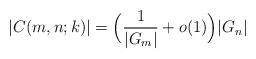
LaTeX: \begin{align*} |C(m,n;k)|=\Bigl(\frac{1}{|G_{m}|}+o(1)\Bigr)|G_{n}|\end{align*}